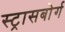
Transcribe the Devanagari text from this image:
स्ट्रासबोर्ग